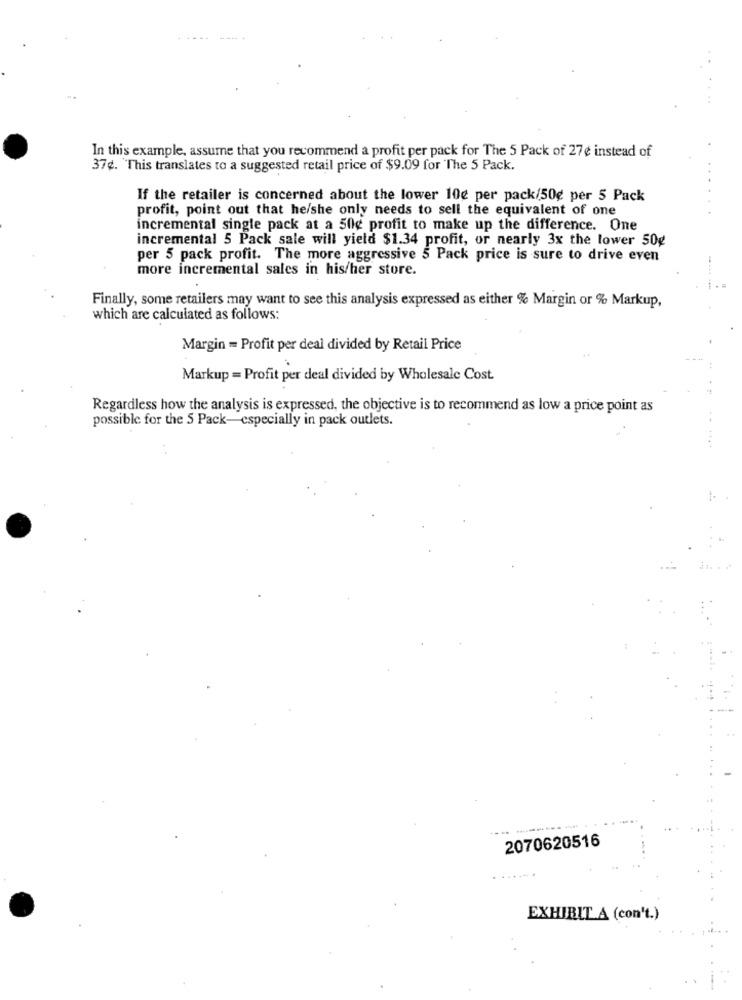
In this example, assume that you recommend a profit per pack for The 5 Pack of 27e instead of
37¢. This translates to a suggested retail price of $9.09 for The 5 Pack.
If the retailer is concerned about the lower 10e per pack/50g per 5 Pack
profit, point out that he/she only needs to sell the equivalent of one
incremental single pack at a 50¢ profit to make up the difference. One
incremental 5 Pack sale will yield $1.34 profit, or nearly 3x the lower 50g
per 5 pack profit. The more aggressive 5 Pack price is sure to drive even
more incremental sales in his/her store.
Finally, some retailers may want to see this analysis expressed as either % Margin or % Markup,
which are calculated as follows:
Margin = Profit per deal divided by Retail Price
Markup = Profit per deal divided by Wholesale Cost.
Regardless how the analysis is expressed, the objective is to recommend as low a price point as
possible for the 5 Pack-especially in pack outlets.
. .
...
2070620516
EXHIBIT A (con't.)